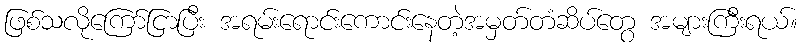
ဖြစ်သလိုကြော်ငြာပြီး အရမ်းရောင်းကောင်းနေတဲ့အမှတ်တံဆိပ်တွေ အများကြီးရယ်။